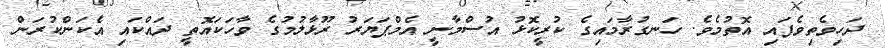
ދަހިވެތިވެފައި އޮތުމެވެ. ހަނގުރާމައިގެ ކުރީކޮޅު އުސްމާނީ އެމްޕަޔަރު ރޫޅާލުމުގެ ވާހަކައޮތީ ދައްކައި އެކަންކުރަން